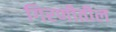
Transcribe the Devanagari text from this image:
गिरणीतील